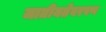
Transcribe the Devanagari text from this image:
जातीयतेवरपण